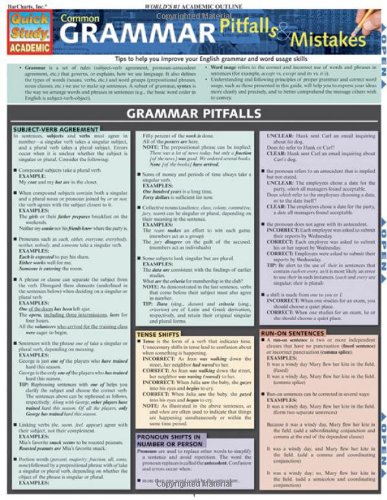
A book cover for Common Grammar Pitfalls & Mistakes (Quickstudy: Academic); Inc. BarCharts; Reference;